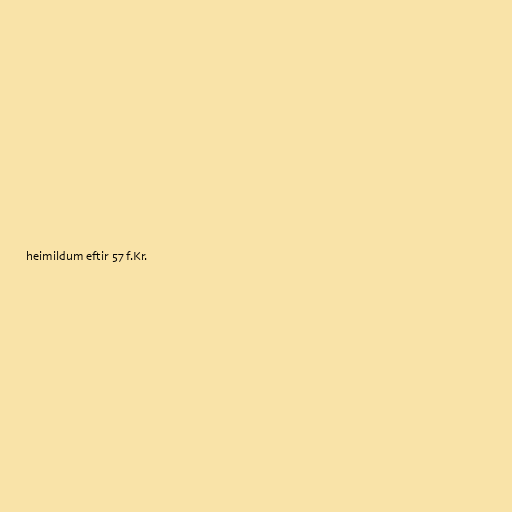
heimildum eftir 57 f.Kr.